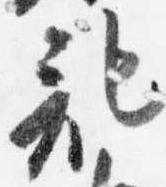
記